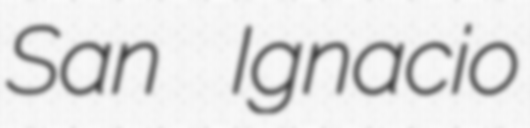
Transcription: San Ignacio